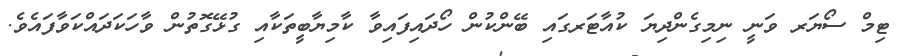
ޓިމް ސޯޔަރ ވަނީ ނިމިގެންދިޔަ ކުއާޓަރގައި ބޭންކުން ހޯދައިފައިވާ ކާމިޔާބީތަކާއި ގުޅޭގޮތުން ވާހަކަދައްކަވާފައެވެ.